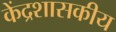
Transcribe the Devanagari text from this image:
केंद्रशासकीय